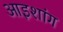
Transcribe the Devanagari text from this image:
आइशांग